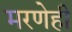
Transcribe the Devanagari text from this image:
मरणेही